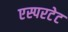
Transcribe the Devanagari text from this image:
एस्परटेट